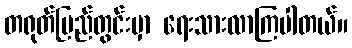
တရုတ်ပြည်တွင်းမှာ ရေးသားလာကြပါတယ်။